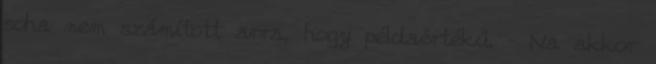
soha nem számított arra, hogy példaértékű. – Na akkor